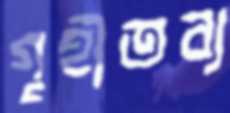
গৃহীতব্য